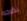
نخرجه